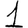
Digit: 1